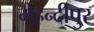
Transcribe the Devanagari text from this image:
मेहन्दीपुर